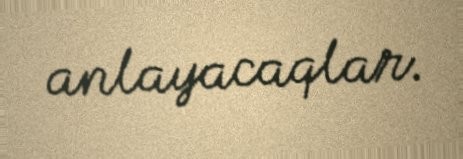
anlayacaqlar.